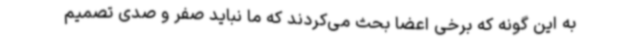
به‌ این ‌گونه که برخی اعضا بحث می‌کردند که ما نباید صفر و صدی تصمیم